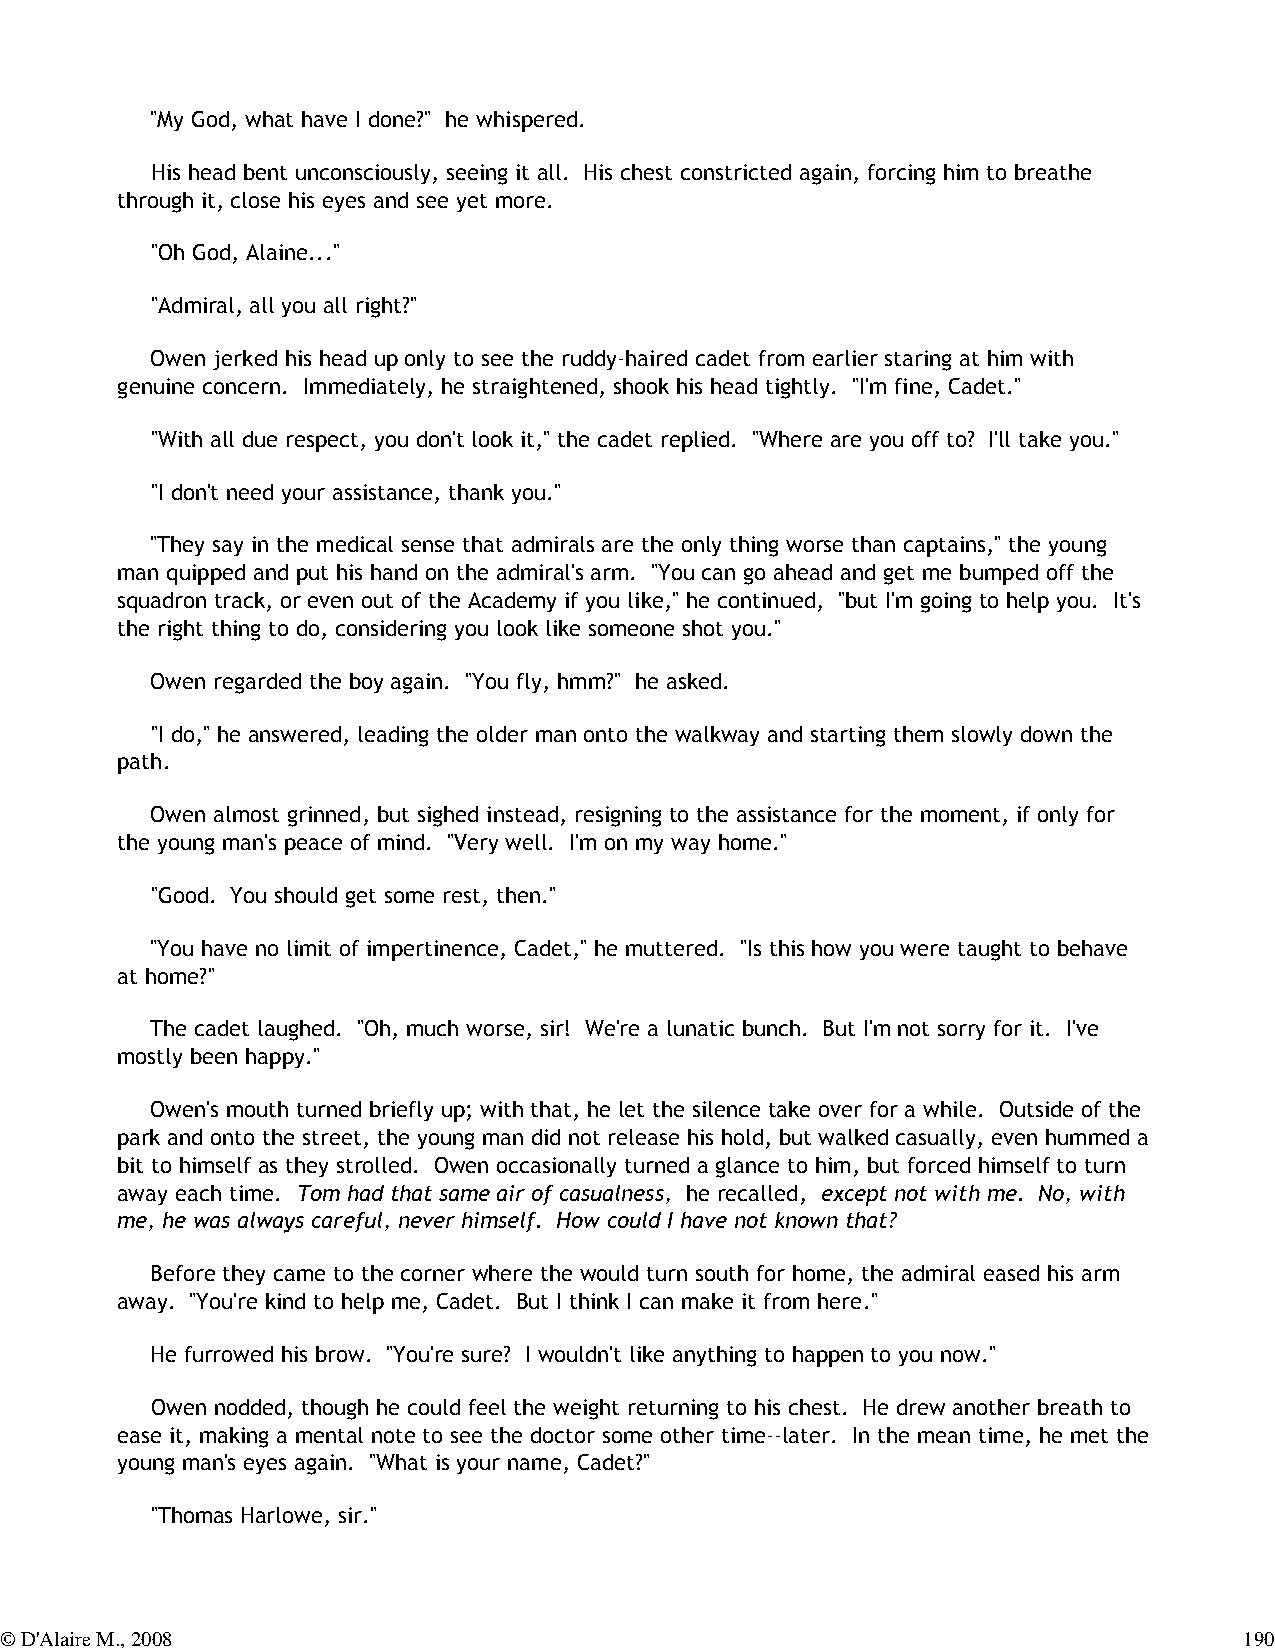
"My God, what have I done?" he whispered.
 His head bent unconsciously, seeing it all. His chest constricted again, forcing him to breathe
 through it, close his eyes and see yet more.
 "Oh God, Alaine..."
 "Admiral, all you all right?"
 Owen jerked his head up only to see the ruddy-haired cadet from earlier staring at him with
 genuine concern. Immediately, he straightened, shook his head tightly. "I'm fine, Cadet."
 "With all due respect, you don't look it," the cadet replied. "Where are you off to? I'll take you."
 "I don't need your assistance, thank you."
 "They say in the medical sense that admirals are the only thing worse than captains," the young
 man quipped and put his hand on the admiral's arm. "You can go ahead and get me bumped off the
 squadron track, or even out of the Academy if you like," he continued, "but I'm going to help you. It's
 the right thing to do, considering you look like someone shot you."
 Owen regarded the boy again. "You fly, hmm?" he asked.
 "I do," he answered, leading the older man onto the walkway and starting them slowly down the
 path.
 Owen almost grinned, but sighed instead, resigning to the assistance for the moment, if only for
 the young man's peace of mind. "Very well. I'm on my way home."
 "Good. You should get some rest, then."
 "You have no limit of impertinence, Cadet," he muttered. "Is this how you were taught to behave
 at home?"
 The cadet laughed. "Oh, much worse, sir! We're a lunatic bunch. But I'm not sorry for it. I've
 mostly been happy."
 Owen's mouth turned briefly up; with that, he let the silence take over for a while. Outside of the
 park and onto the street, the young man did not release his hold, but walked casually, even hummed a
 bit to himself as they strolled. Owen occasionally turned a glance to him, but forced himself to turn
 away each time. Tom had that same air of casualness, he recalled, except not with me. No, with
 me, he was always careful, never himself. How could I have not known that?
 Before they came to the corner where the would turn south for home, the admiral eased his arm
 away. "You're kind to help me, Cadet. But I think I can make it from here."
 He furrowed his brow. "You're sure? I wouldn't like anything to happen to you now."
 Owen nodded, though he could feel the weight returning to his chest. He drew another breath to
 ease it, making a mental note to see the doctor some other time--later. In the mean time, he met the
 young man's eyes again. "What is your name, Cadet?"
 "Thomas Harlowe, sir."
 © D'Alaire M., 2008                                                               190